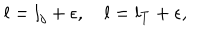
LaTeX: l = l _ { j } + \epsilon , \quad l = l _ { T } + \epsilon ,